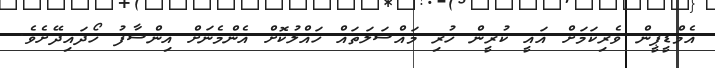
އެމްޑީޕީން ވެރިކަމަށް އައީ ކުރީން ހުރި މައްސަލަތައް ހައްލުކޮށް އެންމެނަށް އިންސާފު ހޯދައިދޭށެވެ.